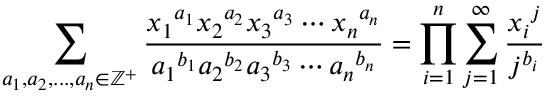
\sum _ { a _ { 1 } , a _ { 2 } , . . . , a _ { n } \in \mathbb { Z } ^ { + } } \frac { { x _ { 1 } } ^ { a _ { 1 } } { x _ { 2 } } ^ { a _ { 2 } } { x _ { 3 } } ^ { a _ { 3 } } \cdots { x _ { n } } ^ { a _ { n } } } { { a _ { 1 } } ^ { b _ { 1 } } { a _ { 2 } } ^ { b _ { 2 } } { a _ { 3 } } ^ { b _ { 3 } } \cdots { a _ { n } } ^ { b _ { n } } } = \prod _ { i = 1 } ^ { n } \sum _ { j = 1 } ^ { \infty } \frac { { x _ { i } } ^ { j } } { j ^ { b _ { i } } }